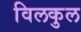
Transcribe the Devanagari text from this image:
विलकुल